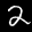
Digit: 2